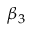
\beta _ { 3 }